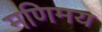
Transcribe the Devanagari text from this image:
मणिमय